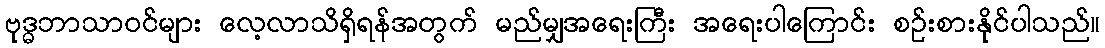
ဗုဒ္ဓဘာသာဝင်များ လေ့လာသိရှိရန်အတွက် မည်မျှအရေးကြီး အရေးပါကြောင်း စဉ်းစားနိုင်ပါသည်။